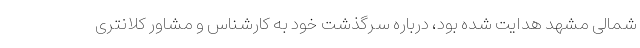
شمالی مشهد هدایت شده بود، درباره سرگذشت خود به کارشناس و مشاور کلانتری